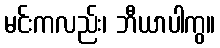
မင်းကလည်း၊ ဘီယာပါကွ။